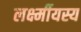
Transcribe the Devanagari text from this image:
लर्क्ष्मीयस्य